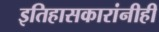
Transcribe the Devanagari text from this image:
इतिहासकारांनीही